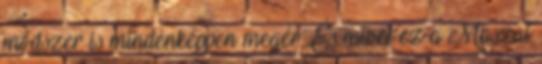
módszer is mindenképpen megér. És mivel ez a Maszat